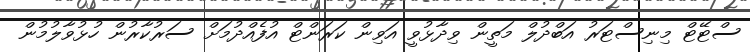
ސްޓޭޓް މިނިސްޓަރު އަބްދުލް މަތީން ވިދާޅުވީ އަވިން ކަރަންޓް އުފެއްދުމަށް ސަރުކާރުން ހުޅުވާލުމުން